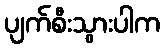
ပျက်စီးသွားပါက